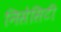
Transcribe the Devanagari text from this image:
निसेसिटी